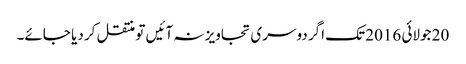
20 جولائی 2016 تک اگر دوسری تجاویز نہ آئیں تو منتقل کر دیا جائے۔